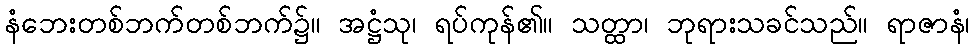
နံဘေးတစ်ဘက်တစ်ဘက်၌။ အဋ္ဌံသု၊ ရပ်ကုန်၏။ သတ္ထာ၊ ဘုရားသခင်သည်။ ရာဇာနံ၊